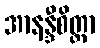
အာနန္ဒီစိတ္တာ